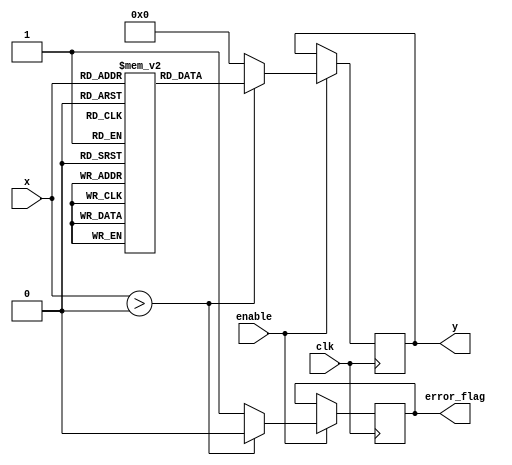
module LogarithmicFunctionGenerator (
    input wire clk,            // Clock signal
    input wire enable,         // Enable signal
    input wire [7:0] x,       // 8-bit input signal (0 to 255)
    output reg [7:0] y,       // 8-bit output signal for log(x)
    output reg error_flag      // Error flag for invalid input
);

    // Lookup table for log values (base 10) for inputs 1 to 255
    reg [7:0] log_lut [0:255];

    initial begin
        // Initialize the lookup table with log10 values
        // This is just an example; in practice, you would calculate these values
        log_lut[0] = 8'd0;   // log(0) is undefined
        log_lut[1] = 8'd0;   // log(1) = 0
        log_lut[2] = 8'd1;   // log(2)
        log_lut[3] = 8'd1;   // log(3)
        // ... Populate the rest of the table ...
        log_lut[255] = 8'd2; // log(255)
    end

    always @(posedge clk) begin
        if (enable) begin
            if (x > 0) begin
                y <= log_lut[x]; // Get log value from LUT
                error_flag <= 1'b0; // No error
            end else begin
                y <= 8'd0; // Output 0 for log(0)
                error_flag <= 1'b1; // Set error flag
            end
        end
    end

endmodule